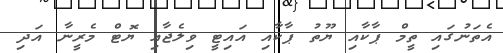
އެތަނުގައި ތީމް ޕާކާއި ޔޫތު ޕާކާއި އައިޓީ ވިލެޖާއި ޔޮޓް މެރީނާ އަދި